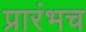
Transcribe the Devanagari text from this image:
प्रारंभच